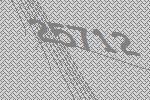
25712